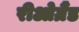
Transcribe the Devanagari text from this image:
रीओग्रैंड